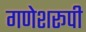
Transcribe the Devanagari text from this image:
गणेशरूपी